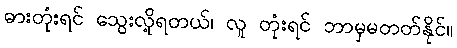
ဓားတုံးရင် သွေးလို့ရတယ်၊ လူ တုံးရင် ဘာမှမတတ်နိုင်။